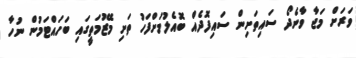
ވަރަށް މަޖާ ވާނެދޯ ސައިތަށިން ސައިފޮދެއް ބޮއެލުމަށްފަހު ތަށި މޭޒުމަތީގައި ބަހައްޓަމުން ނުހާ